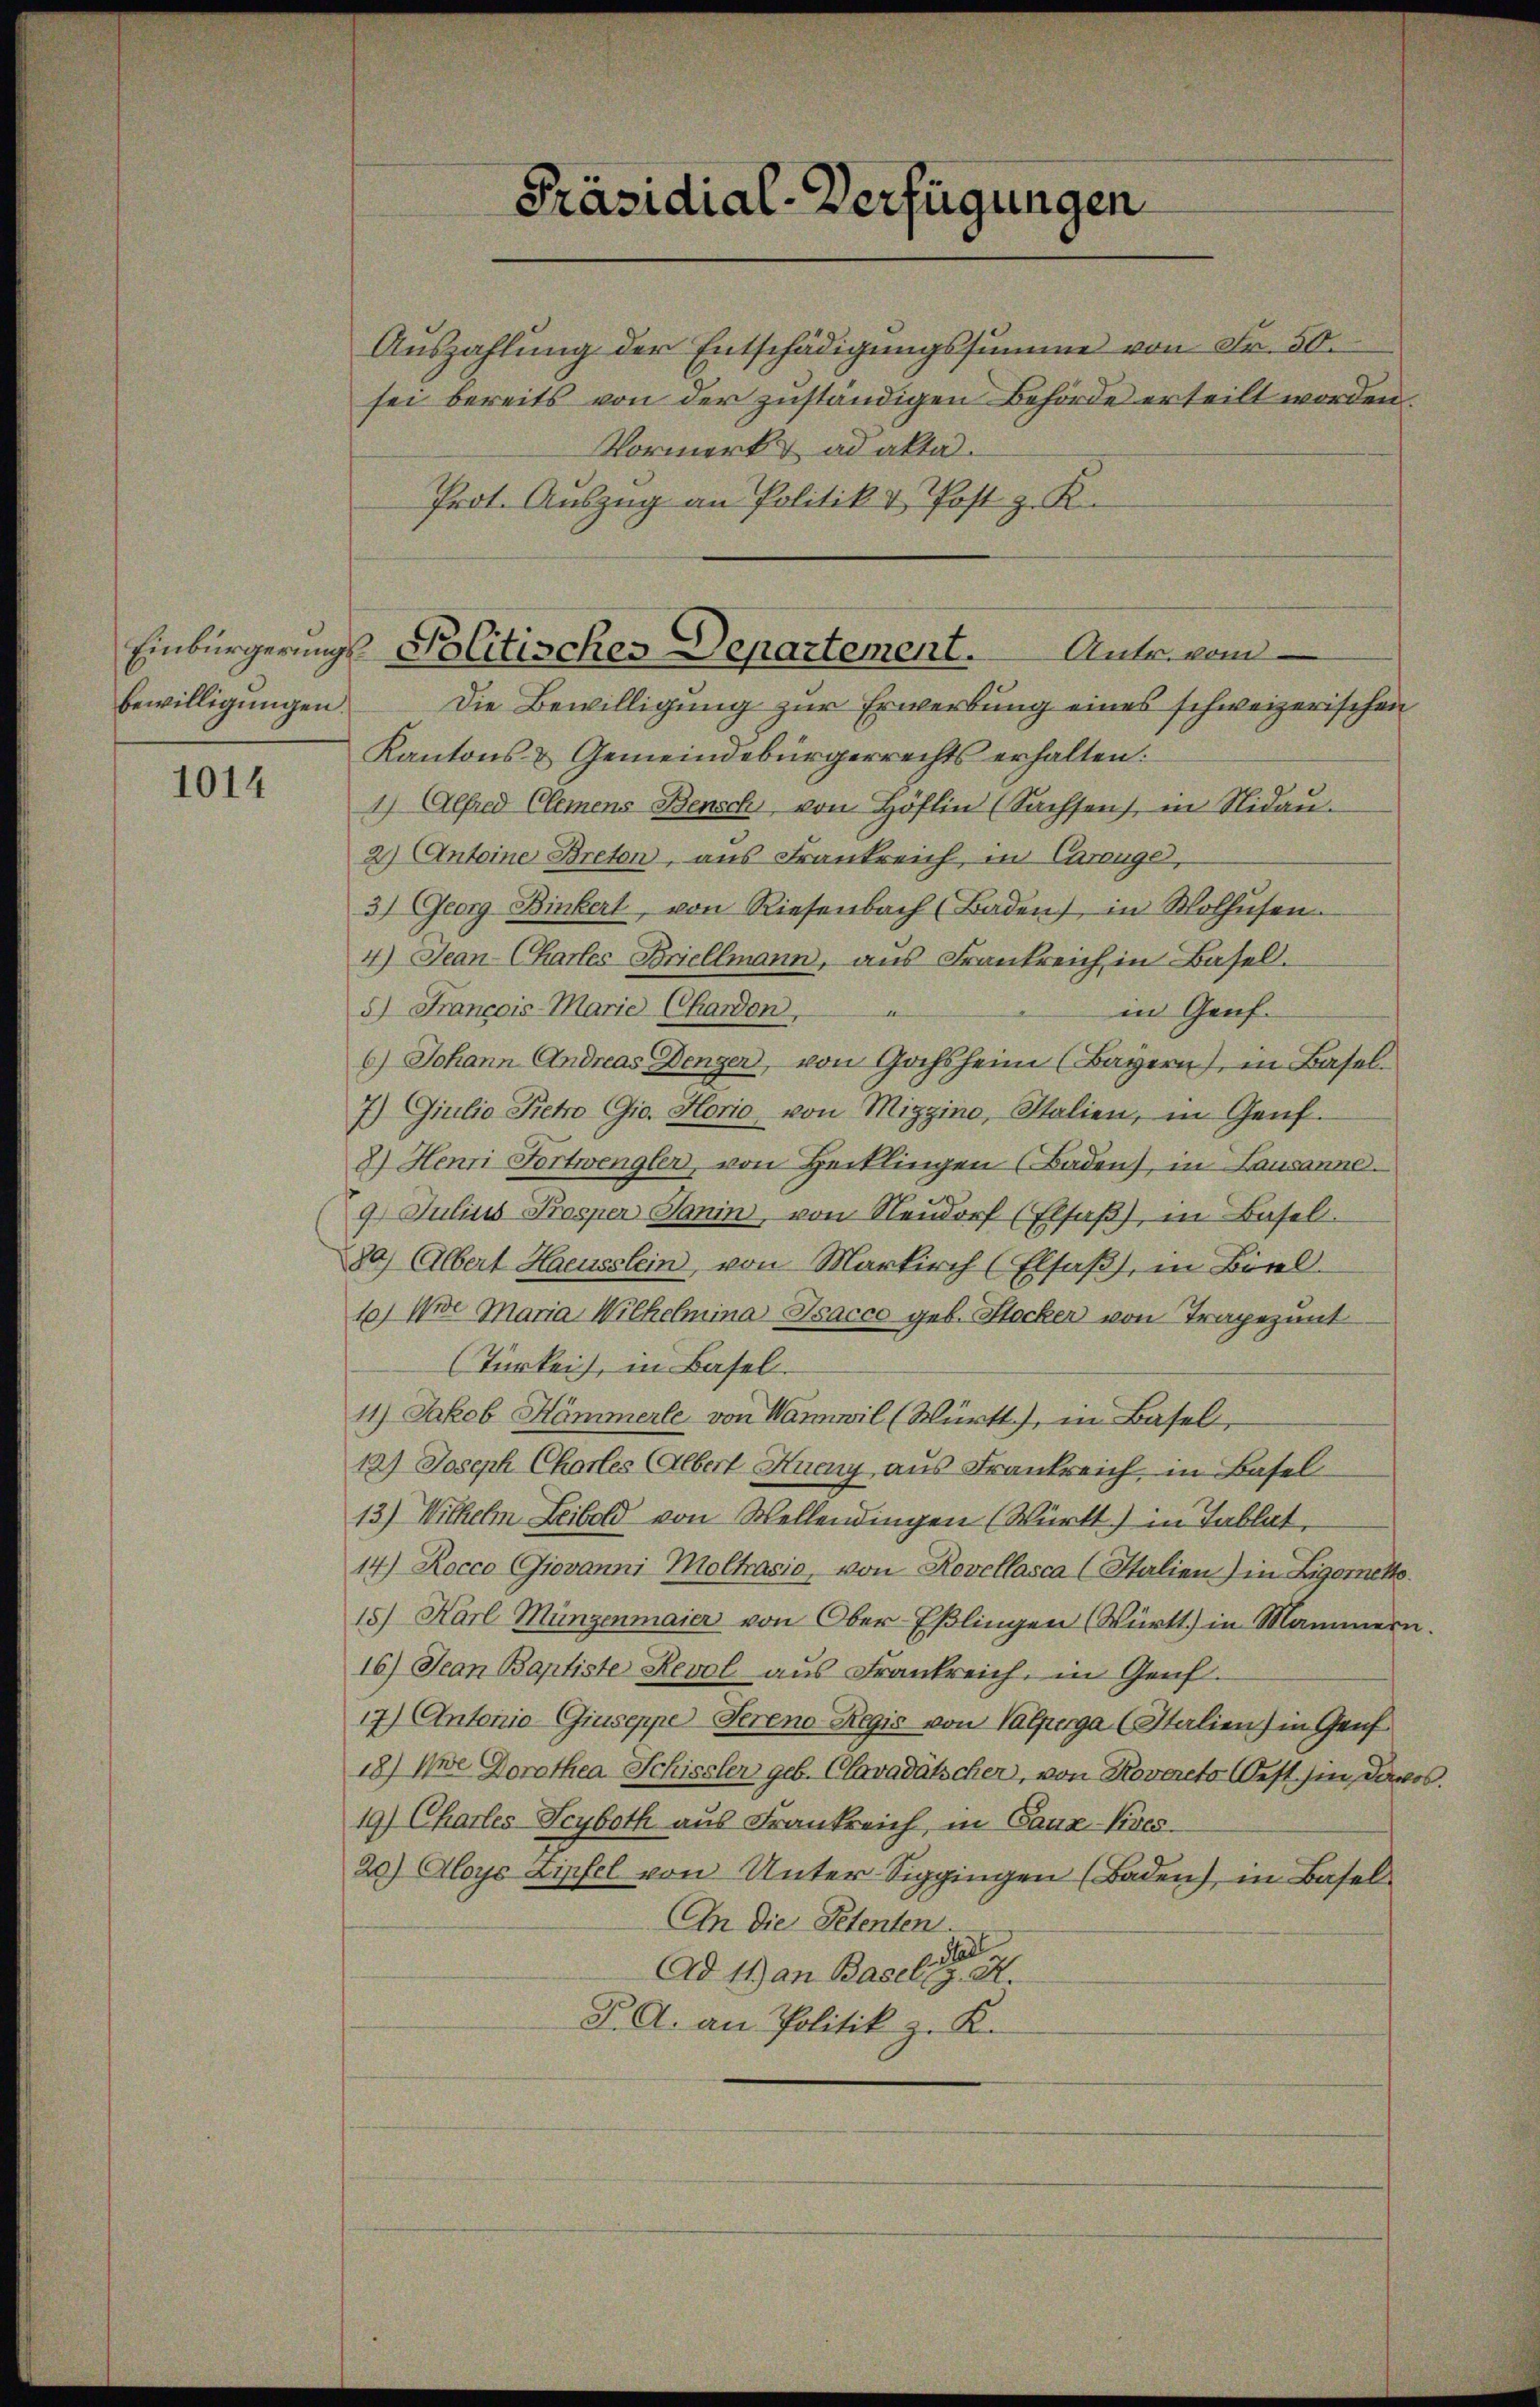
bewilligungen.

1014

Präsidial-Verfügungen

Vormerk & ad akta.
Prot. Auszug an Politik & Post z. K.
Die Bewilligung zur Erwerbung eines schweizerischen
Kantons- & Gemeindebürgerrechts erhalten:
1) Alfred Clemens Bensch von Höflin (Sachsen, in Nidau¬
2) Antoine Breton, aus Frankreich, in Carüge,
3) Georg Binkert, von Riesenbach (Baden, in Wolhŭsen.
4) Jean Chartes Briellmann, aus Frankreich in Basel.
in Genf.
5) Francois-Marie Chardon,
6.) Johann Andreas Denger, von Gochheim (Bayern), in Basel¬
7) Giulio Petro Gio. Horio von Mizzino, Italien, in Genf.
2.) Henri Fortwengler, von Hecklingen (Baden, in Lausanne.
9. Julius Prosper Jonin, von Neudorf (Elsaβ), in Basel.
80) Albert Haeusslein, von Markirch (Elsaß, in Bisel-
10) Wie Maria Wilhelmina Isacco geb. Stocken von Tragepunt
Türkeit, in Basel.
11.) Jakob Hämmerle von Wannwil (Württ), in Basel,
12) Joseph Charles Albert Hueny aus Frankreich, in Basel
13.) Wilhelm Leibold von Wellendingen (Württ) in Tablat,
14.) Rocco Giovanni Moltrasio, von Rovellasca (Italien) in Ligorette
15) Karl Münzenmaier von Ober-Eßlingen (Württ.) in Mammern
16.) Jean Baptiste Revol aus Frankreich, in Genf.
17.) Antonio-Giuseppe Sereno-Regis von Valfurga Italien) in Genf
18) Nwe Dorothea Schissler geb. Clavadätscher, von Rovercto est hin, davos.
19) Charles Seyboth aus Frankreich, in Caux-Kires.
20) Aloys Zipfel von Unter-Siggingen (Baden), in Basel¬
An die Petenten.
a
Ad 11) an Baselig. H.
P.A. an Politik z. K.

Auszahlung der Entschädigungssumme von Fr. 50.
sei bereits von der zŭständigen Behörde erteilt worden.

Einbürgerungs-Politisches Departement. Antr. vom